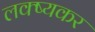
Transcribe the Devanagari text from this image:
लक्ष्यकर